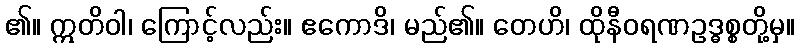
၏။ ဣတိဝါ၊ ကြောင့်လည်း။ ဧကောဒိ၊ မည်၏။ တေဟိ၊ ထိုနီဝရဏဥဒ္ဓစ္စတို့မှ။